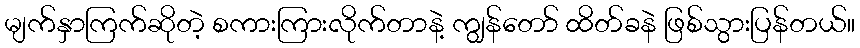
မျက်နှာကြက်ဆိုတဲ့ စကားကြားလိုက်တာနဲ့ ကျွန်တော် ထိတ်ခနဲ ဖြစ်သွားပြန်တယ်။